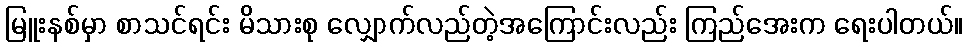
မြူးနစ်မှာ စာသင်ရင်း မိသားစု လျှောက်လည်တဲ့အကြောင်းလည်း ကြည်အေးက ရေးပါတယ်။